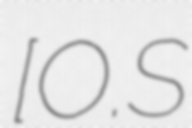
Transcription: [O.S